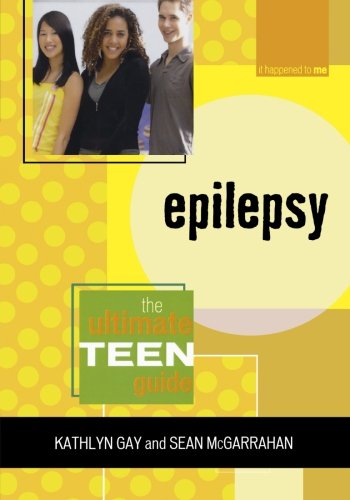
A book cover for Epilepsy: The Ultimate Teen Guide (It Happened to Me); Kathlyn Gay; Health, Fitness & Dieting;